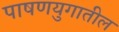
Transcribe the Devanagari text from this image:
पाषणयुगातील